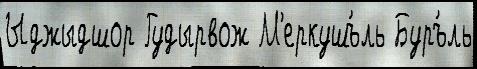
Ыджыдшор Гудырвож М'еркушъ́ль Буръ́ль